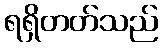
ရရှိတတ်သည်